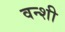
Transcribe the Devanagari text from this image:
वन्शी